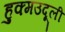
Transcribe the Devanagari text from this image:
हुक्मउदूली